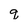
Character: q